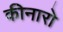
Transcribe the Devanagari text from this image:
कीनारो